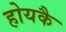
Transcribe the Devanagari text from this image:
होयकै